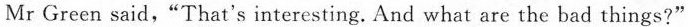
Mr Green said,“That's interesting. And what are the bad things?"